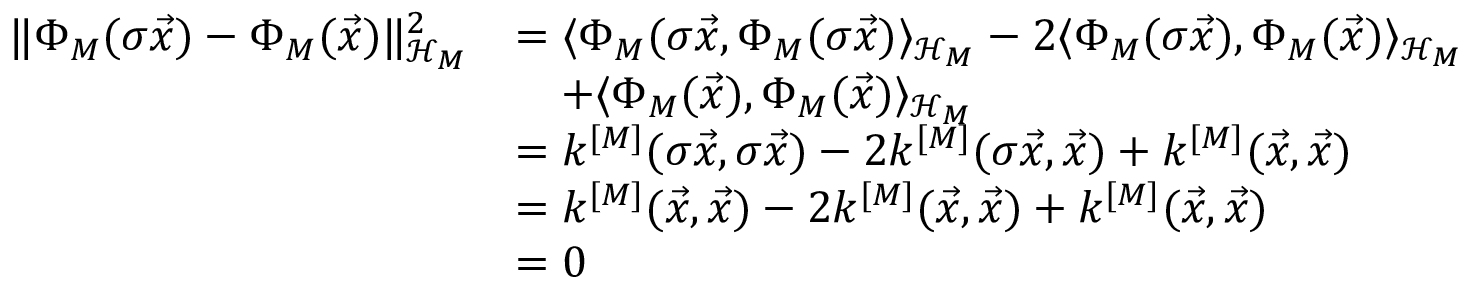
\begin{array} { r l } { \| \Phi _ { M } ( \sigma \vec { x } ) - \Phi _ { M } ( \vec { x } ) \| _ { \mathcal { H } _ { M } } ^ { 2 } } & { = \langle \Phi _ { M } ( \sigma \vec { x } , \Phi _ { M } ( \sigma \vec { x } ) \rangle _ { \mathcal { H } _ { M } } - 2 \langle \Phi _ { M } ( \sigma \vec { x } ) , \Phi _ { M } ( \vec { x } ) \rangle _ { \mathcal { H } _ { M } } } \\ & { \quad + \langle \Phi _ { M } ( \vec { x } ) , \Phi _ { M } ( \vec { x } ) \rangle _ { \mathcal { H } _ { M } } } \\ & { = k ^ { [ M ] } ( \sigma \vec { x } , \sigma \vec { x } ) - 2 k ^ { [ M ] } ( \sigma \vec { x } , \vec { x } ) + k ^ { [ M ] } ( \vec { x } , \vec { x } ) } \\ & { = k ^ { [ M ] } ( \vec { x } , \vec { x } ) - 2 k ^ { [ M ] } ( \vec { x } , \vec { x } ) + k ^ { [ M ] } ( \vec { x } , \vec { x } ) } \\ & { = 0 } \end{array}